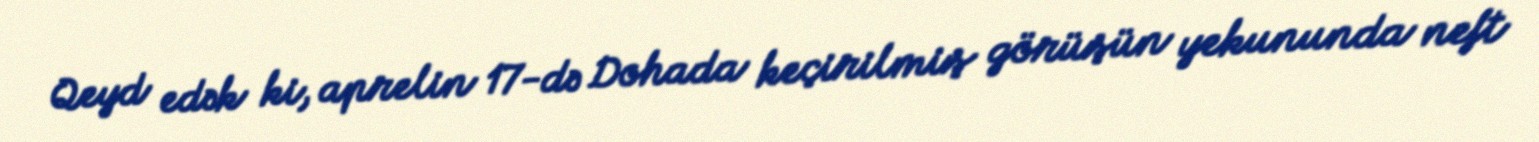
Qeyd edək ki, aprelin 17-də Dohada keçirilmiş görüşün yekununda neft